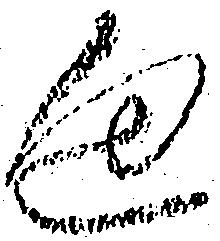
通